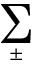
\sum _ { \pm }